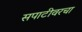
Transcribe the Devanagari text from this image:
सपाटीवरचा